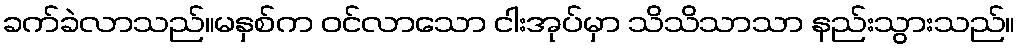
ခက်ခဲလာသည်။မနှစ်က ဝင်လာသော ငါးအုပ်မှာ သိသိသာသာ နည်းသွားသည်။